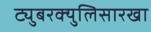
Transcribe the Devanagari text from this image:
ट्युबरक्युलिसारखा